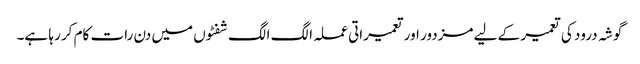
گوشہ درود کی تعمیر کے لیے مزدور اور تعمیراتی عملہ الگ الگ شفٹوں میں دن رات کام کر رہا ہے۔